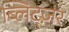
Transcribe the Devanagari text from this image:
ब्लिट्ज़र